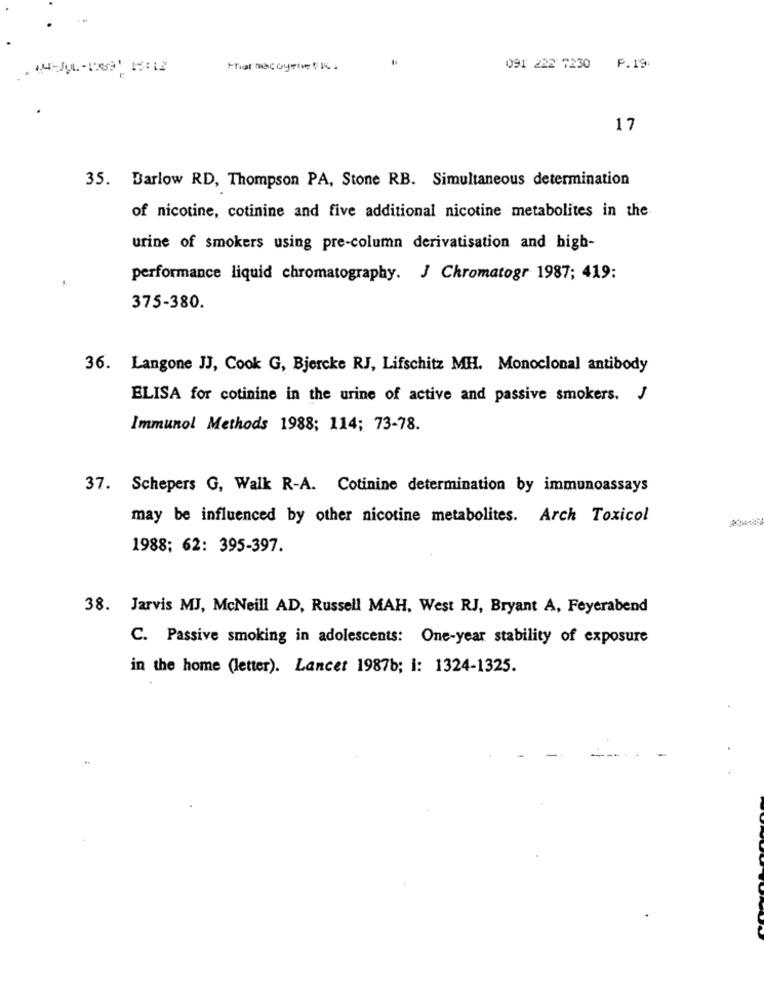
091 222 7230
P. 19
17
35. Barlow RD, Thompson PA, Stone RB. Simultaneous determination
of nicotine, cotinine and five additional nicotine metabolites in the
urine of smokers using pre-column derivatisation and high-
performance liquid chromatography. J Chromatogr 1987; 419:
375-380.
36. Langone JJ, Cook G, Bjercke RJ, Lifschitz MH. Monoclonal antibody
ELISA for cotinine in the urine of active and passive smokers. J
Immunol Methods 1988; 114; 73-78.
37. Schepers G, Walk R-A. Cotinine determination by immunoassays
may be influenced by other nicotine metabolites. Arch Toxicol
1988; 62: 395-397.
38. Jarvis MJ, McNeill AD, Russell MAH, West RJ, Bryant A, Feyerabend
C. Passive smoking in adolescents: One-year stability of exposure
in the home (letter). Lancet 1987b; i: 1324-1325.